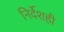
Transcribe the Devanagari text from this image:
निर्देशही